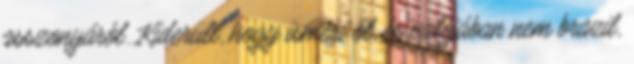
asszonyáról. Kiderült, hogy ismeri őt, és valójában nem brazil,